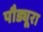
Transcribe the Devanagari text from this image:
पौड्यूरा